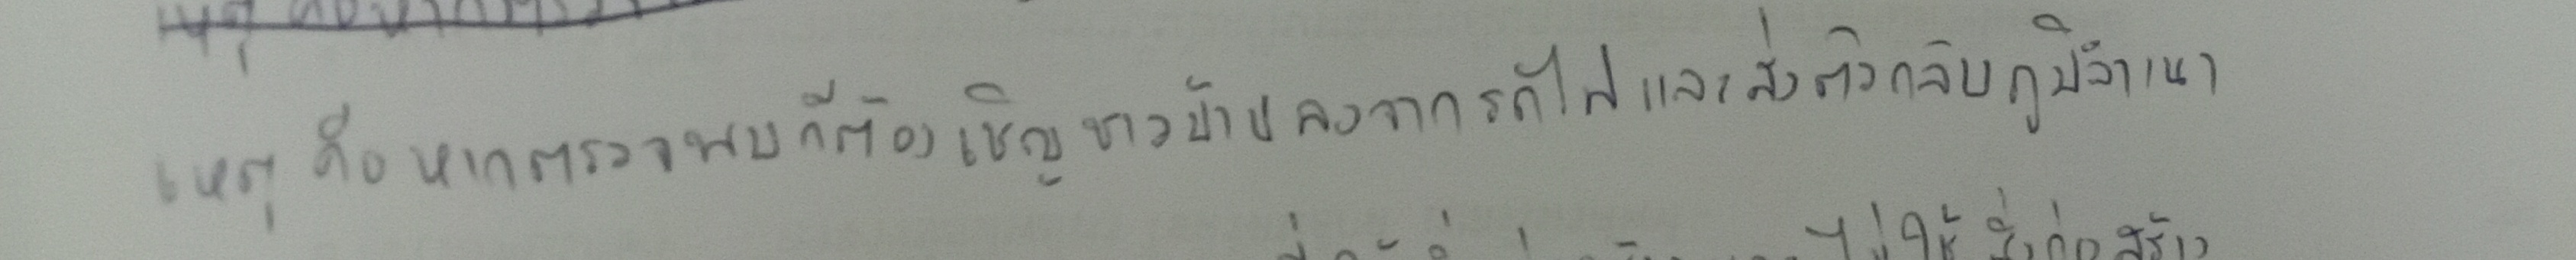
เหตุคือหากตรวจพบก็จะต้องเชิญชาวบ้านลงจากรถไฟและส่งตัวกลับภูมิลำเนา